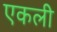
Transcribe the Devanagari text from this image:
एकली